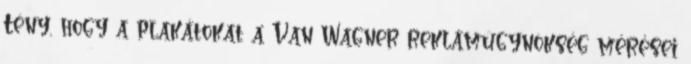
Tény, hogy a plakátokat a Van Wagner reklámügynökség mérései